Report on enteric fever
Disease focus: Fever
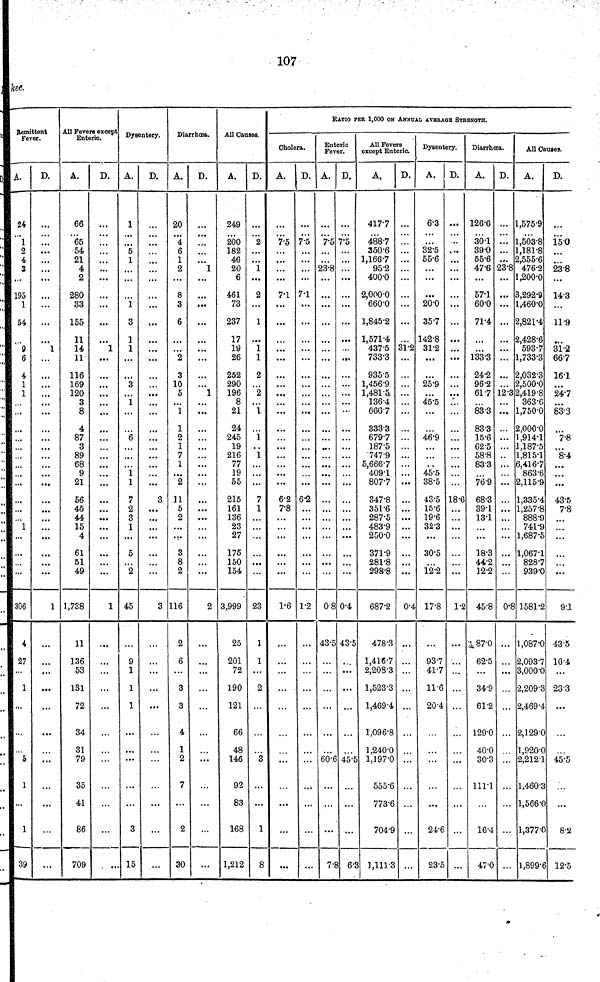
107
kee.
Remittent
Fever.
A.
24
1
2
4
3
195
1
54
9
6
4
1
1
...
..,
...
...
1
...
...
306
4
27
...
1
...
5
1
...
1
39
D.
...
...
...
...
...
1
...
...
...
...
...
...
...
...
...
...
1
...
...
...
...
...
...
All Fevers except
Enteric.
A.
66
65
54
21
4
2
280
33
155
11
14
11
116
169
120
3
8
4
87
3
89
68
9
21
56
45
44
15
4
61
51
49
1,738
11
136
53
131
72
34
31
79
35
41
86
709
D.
...
...
...
...
1
...
...
...
...
...
...
...
...
1
...
...
...
...
...
Dysentery.
A.
1
5
1
1
3
1
1
3
1
...
6
1
1
7
2
3
1
5
2
45
9
1
1
1
...
...
...
3
15
D.
...
...
...
...
...
...
...
...
...
...
3
...
...
...
3
...
...
...
...
Diarrhœa.
A.
20
4
6
1
2
8
3
6
2
3
10
5
1
1
2
1
7
1
2
11
5
2
...
3
8
2
116
2
6
...
3
3
4
1
2
7
2
30
D.
1
...
...
...
1
...
...
...
...
...
...
...
...
...
...
2
...
...
...
...
...
All Causes.
A.
249
200
182
46
20
6
461
73
237
17
19
26
252
290
196
8
21
24
245
19
216
77
19
55
215
161
136
23
27
175
150
154
3,999
25
201
72
190
121
66
48
146
92
83
168
1,212
D.
2
1
2
1
1
1
2
2
1
1
1
7
1
23
1
1
2
3
1
8
Cholera.
A.
7.5
7.1
...
6.2
7.8
1.6
...
...
D.
7.5
7.1
...
6.2
...
1.2
...
...
RATIO PER 1,000 ON ANNUAL AVERAGE STRENGTH.
Enteric
Fever.
A.
7.5
23.8
...
...
0.8
43.5
60.6
7.8
D.
7.5
0.4
43.5
45.5
6.3
All Fevers
except Enteric.
A.
417.7
488.7
350.6
1,166.7
95.2
400.0
2,000.0
660.0
1,845.2
1,571.4
437.5
733.3
935.5
1,456.9
1,481.5,
136.4
666.7
333.3
679.7
187.5
747.9
5,666.7
409.1
807.7
347.8
351.6
287.5
483.9
250.0
371.9
281.8
298.8
687.2
478.3
1,416.7
2,208.3
1,523.3
1,469.4
1,096.8
1,240.0
1,197.0
555.6
773.6
704.9
1,111.3
D.
...
...
...
31.2
...
...
...
...
...
...
...
...
...
...
...
...
...
0.4
...
...
...
...
Dysentery.
A.
6.3
...
32.5
55.6
...
...
20.0
357
142.8
31.2
25.9
45.5
...
46.9
.,
45.5
38.5
43.5
15.6
19.6
32.3
...
30.5
12.2
17.8
93.7
41.7
11.6
20.4
24.6
23.5
D.
...
..
...
...
...
...
...
...
18.6
...
...
...
...
1.2
...
...
...
...
Diarrhoœa.
A.
126.6
30.1
390
55.6
47.6
57.1
60.0
71.4
133.3
24.2
96.2
617
83.3
83.3
15.6
62.5
58.8
833
76.9
68.3
39.1
13.1
...
18.3
44.2
12.2
45.8
87.0
62.5
...
34.9
61.2
129.0
40.0
30.3
111.1
16.4
47.0
D.
23.8
...
...
...
12.3
...
...
...
...
...
...
...
0.8
...
...
...
...
All Causes.
A.
1,575.9
1,503.8
1,181.8
2,555.6
476.2
,200.0
3,292.9
1,460.0
2,821.4
2,428.6
593.7
1,733.3
2,032.3
2,500.0
2,419.8
363.6
1,750.0
2,000.0
,914.1
1,187.5
1,815.1
6,416.7
863.6
2,115.9
1,335.4
1,257.8
888.9
741.9
1,687.5
1,067.1
828.7
939.0
1581.2
1,087.0
2,093.7
3,000.0
2,209.3
2,469.4
2,129.0
1,920.0
2,212.1
1,460.3
1,566.0
1,377.0
1,899.6
D.
15.0
23.8
14.3
...
11.9
31.2
66.7
16.1
24.7
83.3
7.8
8.4
43.5
7.8
...
...
91
43.5
10.4
23.3
...
45.5
...
8.2
12.5